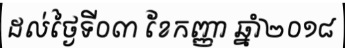
ដល់ថ្ងៃទី០៣ ខែកញ្ញា ឆ្នាំ២០១៨